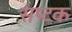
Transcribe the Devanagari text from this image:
सप्टक